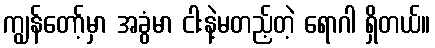
ကျွန်တော့်မှာ အခွံမာ ငါးနဲ့မတည့်တဲ့ ရောဂါ ရှိတယ်။